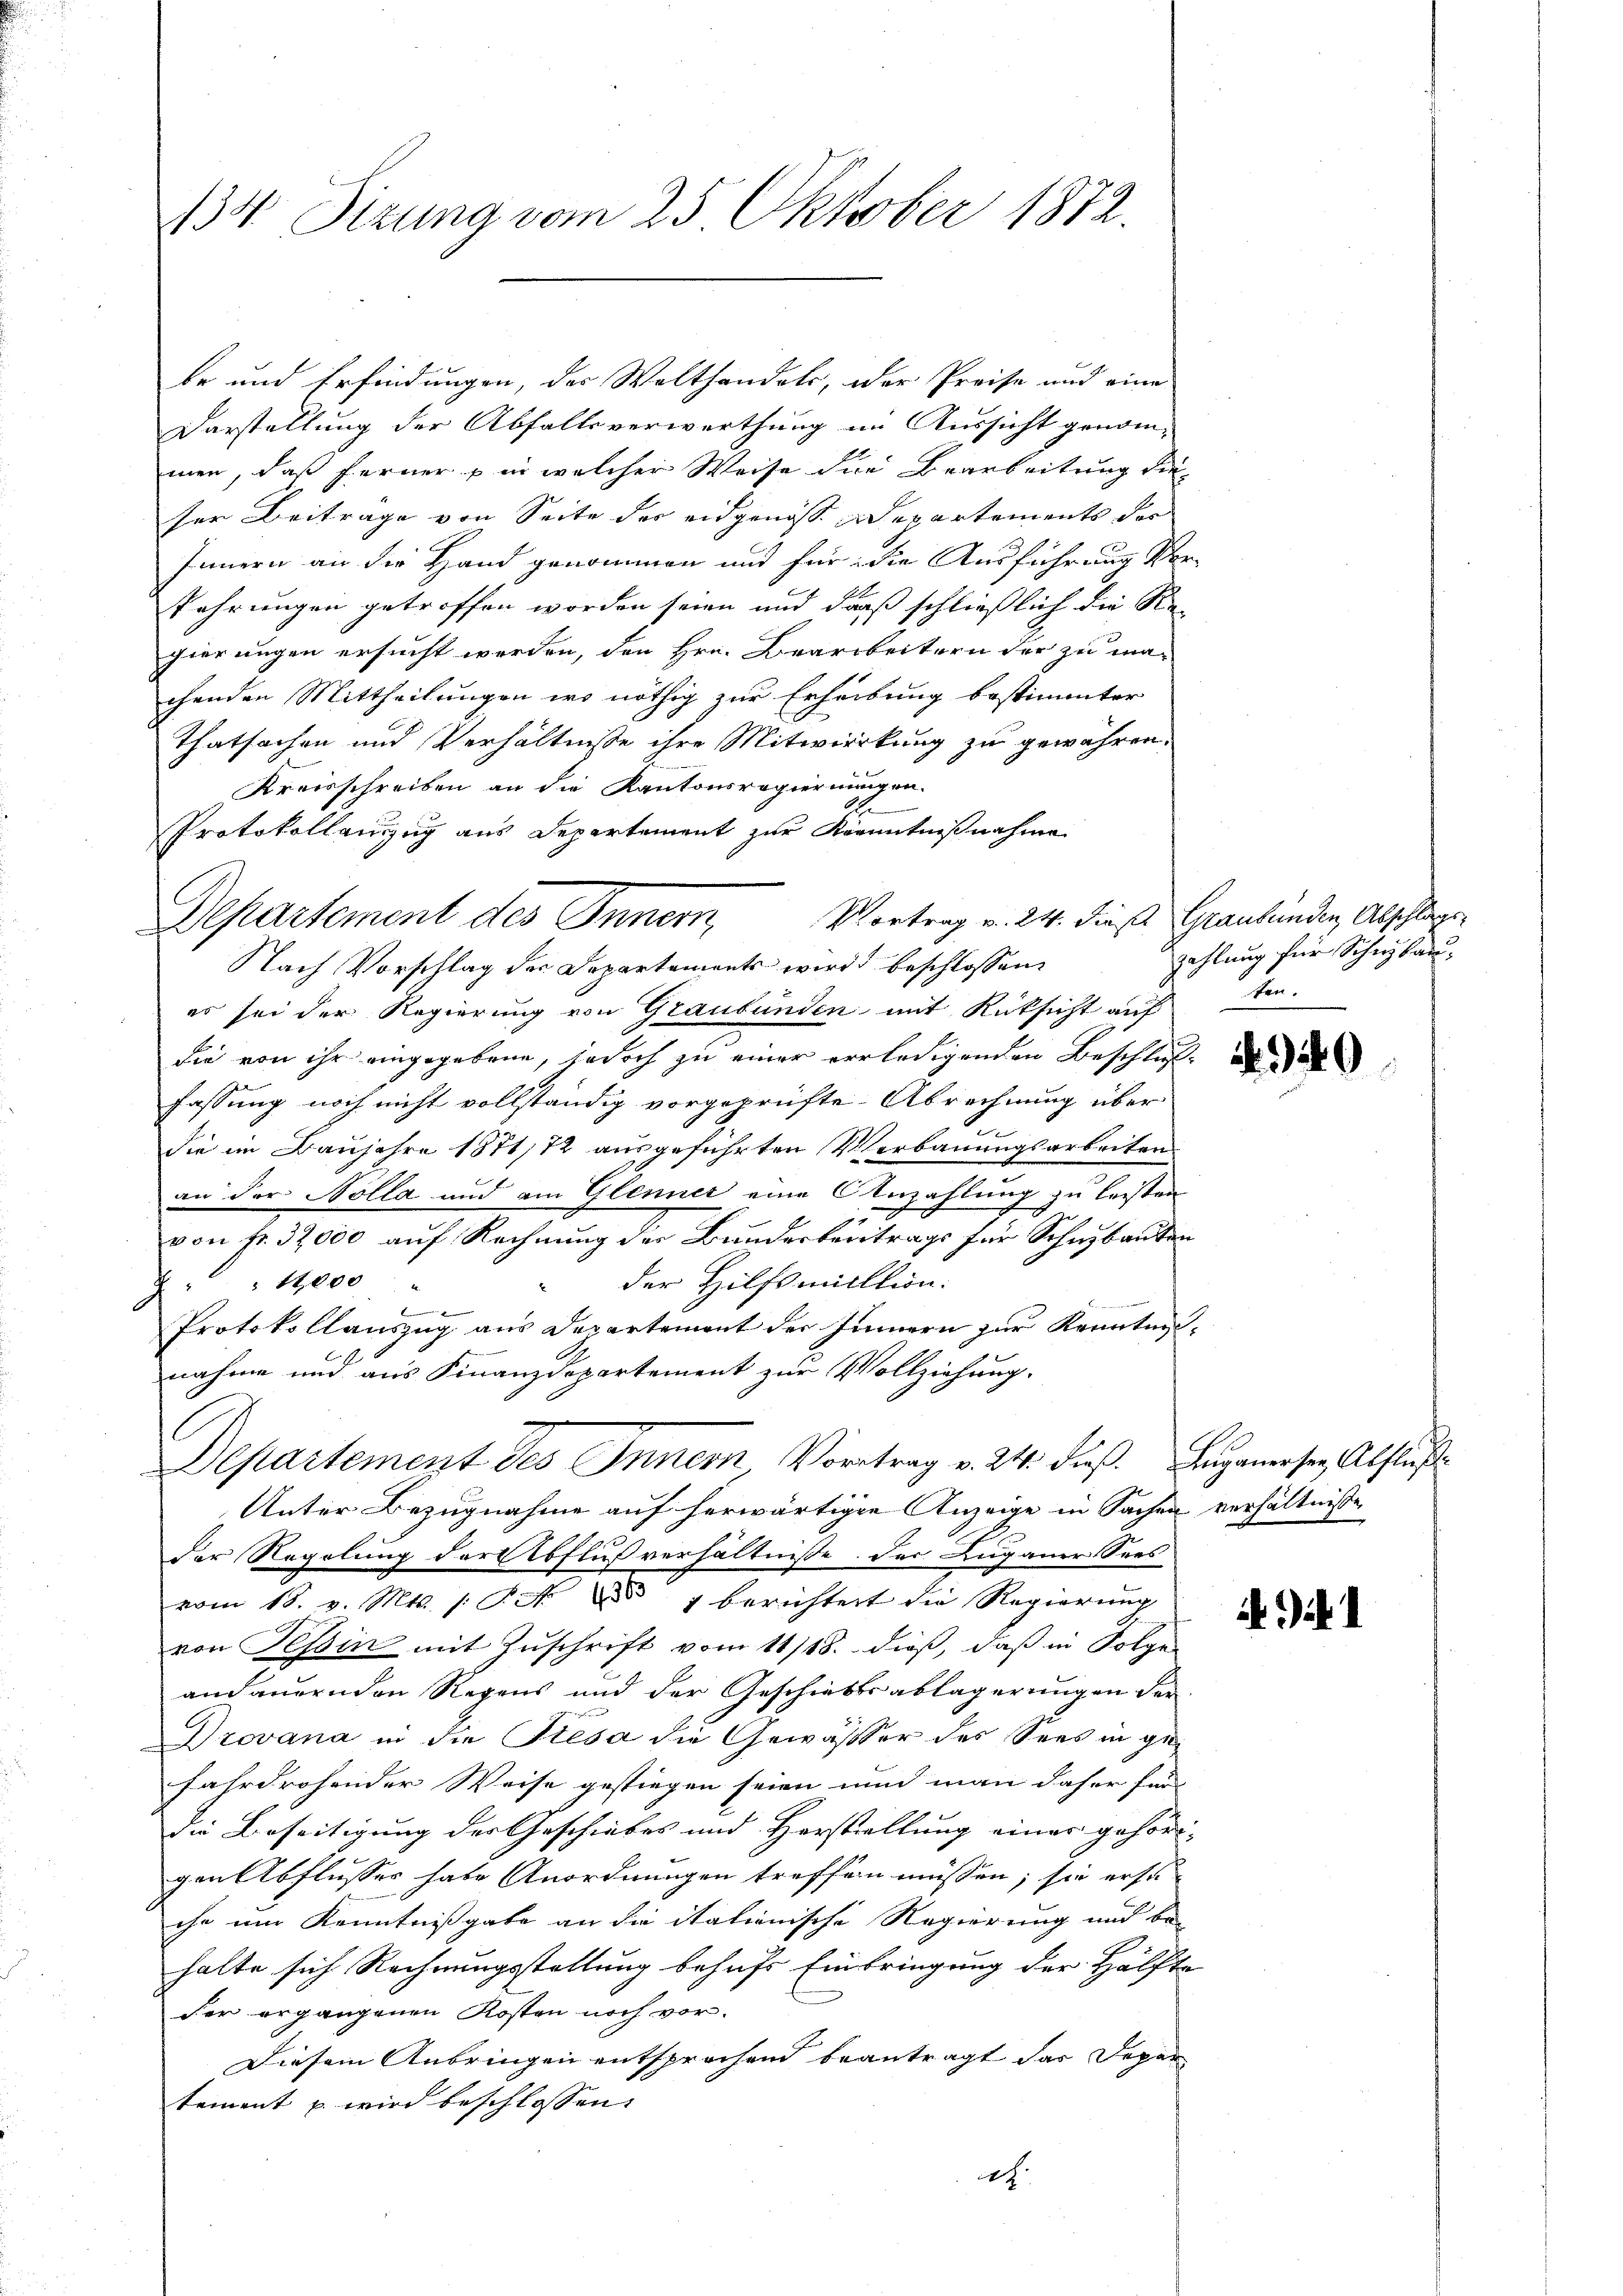
134 Sizung vom 25. Oktober 1872.

de und Erfindungen, der Walthandels, der Preise und eine
Darstellung der Abfallsverwerthung im Aussicht genom-
men, daß ferner in welcher Weise die Bearbeitung die
ser Beitrage von Seite der eidgenoss Departements der
Innern an die Hand genommen und für die Ausführung Ver-
fahrungen getroffen worden seien und daß schließlich die Re
gierungen ersucht werden, den Hrn. Bearbeitern der zu ma-
chenden Mittheilungen wo nöthig zur Erheibung bestimmter
Thatsachen und Verhältnisse ihre Mitwirkung zu gewähren.
Kreisschreiben an die Kantonsregierungen.
Protokollanzug aus Departement zur Kenntnißnahme
Nach Vorschlag der Departements wird beschlossene
es sei der Regierung von Graubünden mit Rücksicht auften.
die von ihr eingegebene, jedoch zu einer verledigenden Beschlußfassung noch nicht vollständig vorgeprüfte Abrechnung über
die im Baujahre 1871/72 ausgeführten Verbauungsarbeiten
an der Nolla und ein Glenner eine Anzahlung zu leisten
von fr. 32,000 auf Rechnung der Bunderbeitrags für Schnbauten
der Hilfsmillion.
8 " " 14,000 "
b
Protokollauszug aus Departement der Zinnern zur Kenntnis-
nahme und aus Finanzdepartement zur Vollziehung.
Departement des Innern Vortrag v. 24. dieß. Luganerser Abfluß
Unter Bezugnahme auf herwärtigen Anzeige in Sachen verhältnisse
der Regelung darfbflußverhältnisse. Der Luganer Sees
vom 18. v. Mts. /: P. Nr. 1 berichtert die Regierung
von Tessin mit Zuschrift vom 11/18. dieß, daß in Folge
andauernden Regens und der Geschiebtsablagerungen der
Drovana in die Siesa die Gewässer des Sees in gefahrdrohender Weise gestiegen seien und man daher für
die Beseitigung der Geschiebes und Herstellung einer gehörigen Abflusses habe Anordnungen treffen müssen; sie erst
ihn um Kenntnißgabe an die itationische Regierung und be-
halte sich Rechnungsstellung behufs Einbringung der Hälfte
der ergangenen Kosten noch vor.
Diesem Anbringen entsprechend beantragt das Depar
tement u. wird beschlossen:
ch.

Departement des Innern Vortrag v. 24. dies Graubünden, Abschlage

zahlung für Schutzbau.

49